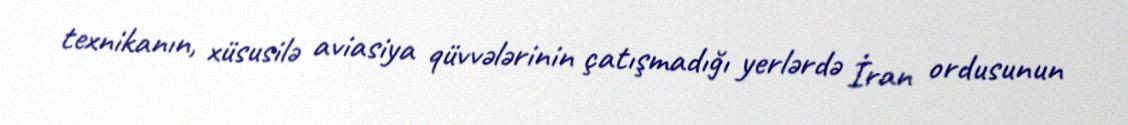
texnikanın, xüsusilə aviasiya qüvvələrinin çatışmadığı yerlərdə İran ordusunun